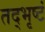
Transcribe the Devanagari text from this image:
तद्भृष्टं